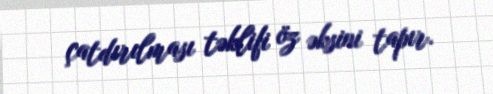
çatdırılması təklifi öz əksini tapır.